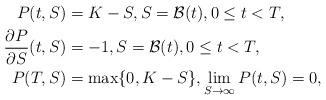
LaTeX: \begin{align*}P(t, S)&=K - S, S = \mathcal{B}(t), 0\leq t <T, \\\frac{\partial P}{\partial S}(t, S)&=-1, S = \mathcal{B}(t), 0\leq t <T,\\P(T, S)& = \max\{0, K-S \}, \lim_{S \rightarrow \infty} P(t, S) = 0,\end{align*}